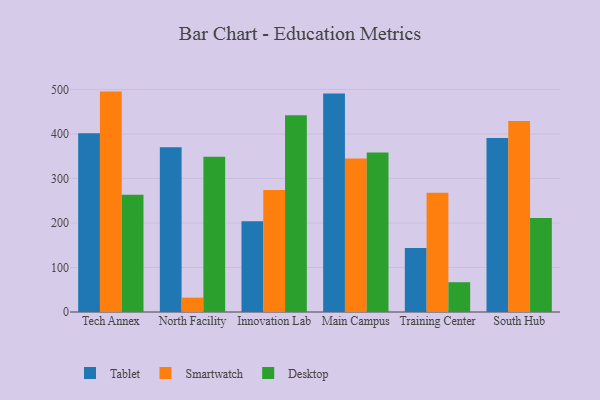
{"axis": {"x": "Campus", "y": "Inventory Turnover"}, "legend": ["Desktop", "Smartwatch", "Tablet"], "data": [{"x": "Tech Annex", "y": 401.8, "type": "Tablet"}, {"x": "Tech Annex", "y": 495.2, "type": "Smartwatch"}, {"x": "Tech Annex", "y": 263.2, "type": "Desktop"}, {"x": "North Facility", "y": 370.2, "type": "Tablet"}, {"x": "North Facility", "y": 32.3, "type": "Smartwatch"}, {"x": "North Facility", "y": 348.7, "type": "Desktop"}, {"x": "Innovation Lab", "y": 204.0, "type": "Tablet"}, {"x": "Innovation Lab", "y": 274.0, "type": "Smartwatch"}, {"x": "Innovation Lab", "y": 442.3, "type": "Desktop"}, {"x": "Main Campus", "y": 491.0, "type": "Tablet"}, {"x": "Main Campus", "y": 345.1, "type": "Smartwatch"}, {"x": "Main Campus", "y": 358.6, "type": "Desktop"}, {"x": "Training Center", "y": 143.7, "type": "Tablet"}, {"x": "Training Center", "y": 267.8, "type": "Smartwatch"}, {"x": "Training Center", "y": 66.9, "type": "Desktop"}, {"x": "South Hub", "y": 390.9, "type": "Tablet"}, {"x": "South Hub", "y": 429.4, "type": "Smartwatch"}, {"x": "South Hub", "y": 211.0, "type": "Desktop"}]}